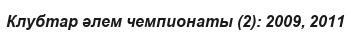
Клубтар әлем чемпионаты (2): 2009, 2011